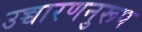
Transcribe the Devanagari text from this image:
उच्चारणनुरूप